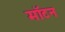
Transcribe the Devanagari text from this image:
मॉटन